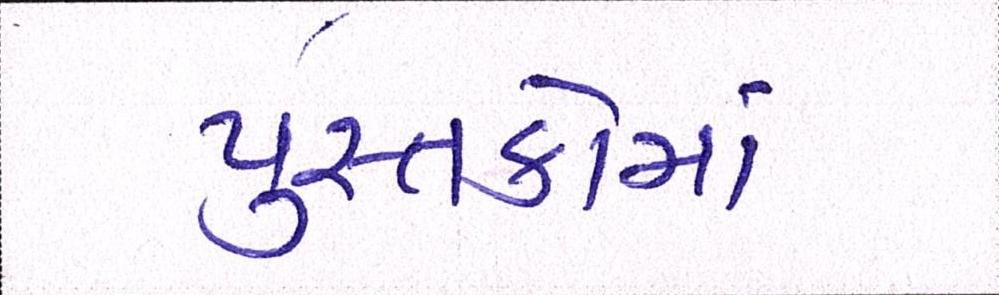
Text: પુસ્તકોમાં